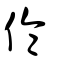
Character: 倫